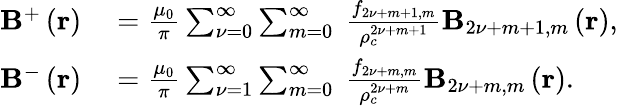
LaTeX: \begin{array}{rl}{\mathbf{B}^{+}\left(\mathbf{r}\right)}&{{}=\frac{\mu_{0}}{\pi}\sum_{{\nu}=0}^{\infty}\sum_{m=0}^{\infty}\ \frac{f_{2{\nu}+m+1,m}}{\rho_{c}^{2{\nu}+m+1}}\mathbf{B}_{2{\nu}+m+1,m}\left(\mathbf{r}\right),}\\ {\mathbf{B}^{-}\left(\mathbf{r}\right)}&{{}=\frac{\mu_{0}}{\pi}\sum_{{\nu}=1}^{\infty}\sum_{m=0}^{\infty}\ \frac{f_{2{\nu}+m,m}}{\rho_{c}^{2{\nu}+m}}\mathbf{B}_{2{\nu}+m,m}\left(\mathbf{r}\right).}\end{array}